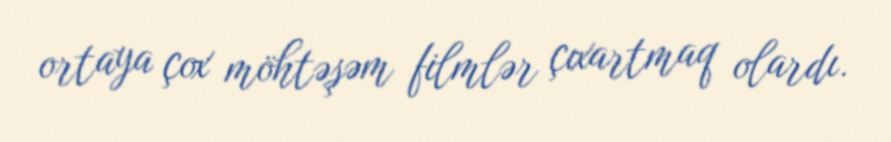
ortaya çox möhtəşəm filmlər çıxartmaq olardı.